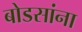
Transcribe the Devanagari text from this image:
बोडसांना